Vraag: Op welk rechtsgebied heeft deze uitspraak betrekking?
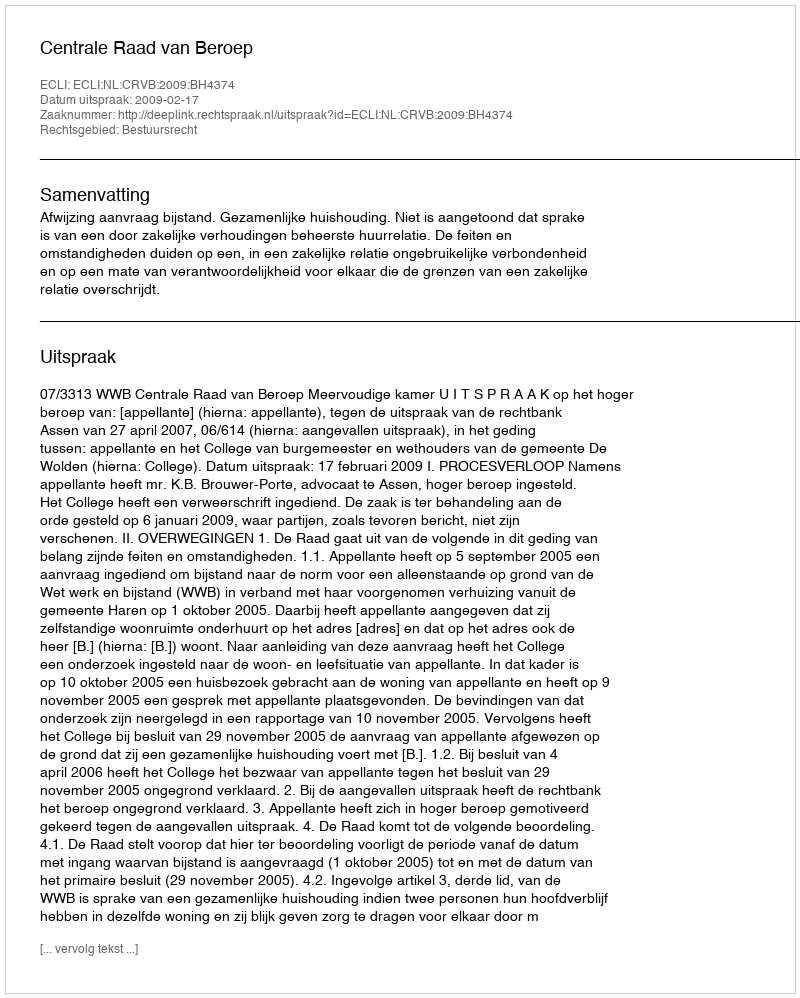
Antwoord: Bestuursrecht